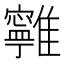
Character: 𩁔